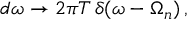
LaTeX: d \omega \to 2 \pi T \, \delta ( \omega - \Omega _ { n } ) \, { , }